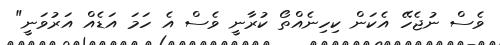
ވެސް ނުޖެހޭ އެކަން ކިހިނެއްތޯ ކުރާނީ ވެސް އެ ހަމަ އަޑެއް އަރުވަނީ"